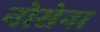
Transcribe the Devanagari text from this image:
नोसेना